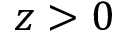
z > 0